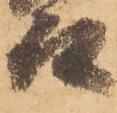
殿